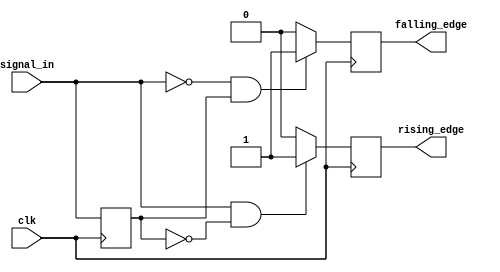
module edge_detector (
    input wire clk,              // Clock signal
    input wire signal_in,        // Input signal to detect edges
    output reg rising_edge,      // Output signal for rising edge detection
    output reg falling_edge      // Output signal for falling edge detection
);

    // Previous state register to store the last value of signal_in
    reg prev_state;

    // Initialization block
    initial begin
        prev_state = 1'b0;       // Initialize previous state to 0
        rising_edge = 1'b0;      // Initialize rising edge output to 0
        falling_edge = 1'b0;     // Initialize falling edge output to 0
    end

    // Edge detection logic
    always @(posedge clk) begin
        // Detect rising edge
        if (signal_in == 1'b1 && prev_state == 1'b0) begin
            rising_edge <= 1'b1;   // Set rising edge signal high
        end else begin
            rising_edge <= 1'b0;   // Reset rising edge signal
        end

        // Detect falling edge
        if (signal_in == 1'b0 && prev_state == 1'b1) begin
            falling_edge <= 1'b1;  // Set falling edge signal high
        end else begin
            falling_edge <= 1'b0;  // Reset falling edge signal
        end

        // Update previous state
        prev_state <= signal_in;   // Store the current input as previous state
    end

endmodule